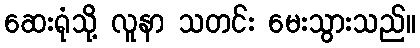
ဆေးရုံသို့ လူနာ သတင်း မေးသွားသည်။